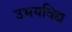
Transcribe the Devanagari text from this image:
उभयविद्य